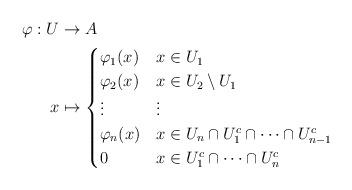
LaTeX: \begin{align*}\varphi:U&\to A\\x&\mapsto\begin{cases} \varphi_1(x) & x\in U_1\\ \varphi_2(x) & x\in U_2\setminus U_1\\ \vdots &\vdots\\ \varphi_n(x) & x\in U_n\cap U_1^c\cap\cdots \cap U_{n-1}^c\\ 0 & x\in U_1^c\cap\cdots\cap U_n^c \end{cases}\end{align*}